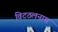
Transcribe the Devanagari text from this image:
विटठलनाथ